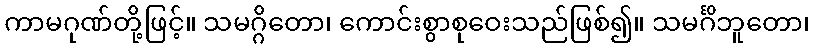
ကာမဂုဏ်တို့ဖြင့်။ သမဂ္ဂိတော၊ ကောင်းစွာစုဝေးသည်ဖြစ်၍။ သမင်္ဂိဘူတော၊